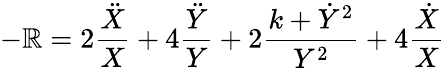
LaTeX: -\mathbb{R}=2\frac{{\ddot{{X}}}}{X}+4\frac{{\ddot{{Y}}}}{Y}+2\frac{{k+\dot{{Y}}^{2}}}{{Y^{2}}}+4\frac{{\dot{{X}}}}{X}